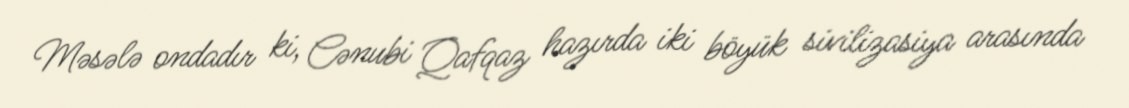
Məsələ ondadır ki, Cənubi Qafqaz hazırda iki böyük sivilizasiya arasında